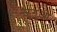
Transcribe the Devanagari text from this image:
ज़ुगुओ